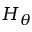
H _ { \theta }